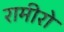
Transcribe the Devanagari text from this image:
रामीरो